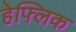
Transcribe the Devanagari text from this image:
हेफ्लिक